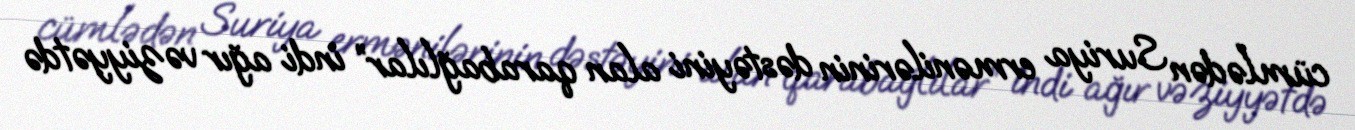
cümlədən Suriya ermənilərinin dəstəyini alan qarabağlılar” indi ağır vəziyyətdə